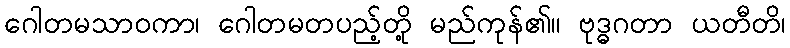
ဂေါတမသာဝကာ၊ ဂေါတမတပည့်တို့ မည်ကုန်၏။ ဗုဒ္ဓဂတာ ယတီတိ၊